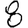
Digit: 8